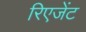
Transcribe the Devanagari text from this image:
रिएजेंट